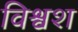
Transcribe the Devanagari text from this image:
विश्वश